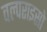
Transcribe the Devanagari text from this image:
वल्पराइसो